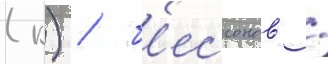
(к) / б'ессонов /